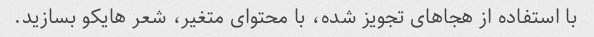
با استفاده از هجاهای تجویز شده، با محتوای متغیر، شعر هایکو بسازید.